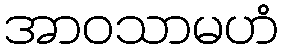
အာဝသာမဟံ